Civil Veterinary Department Bihar reports 1936-40 - 1936-1940
Year: 1936
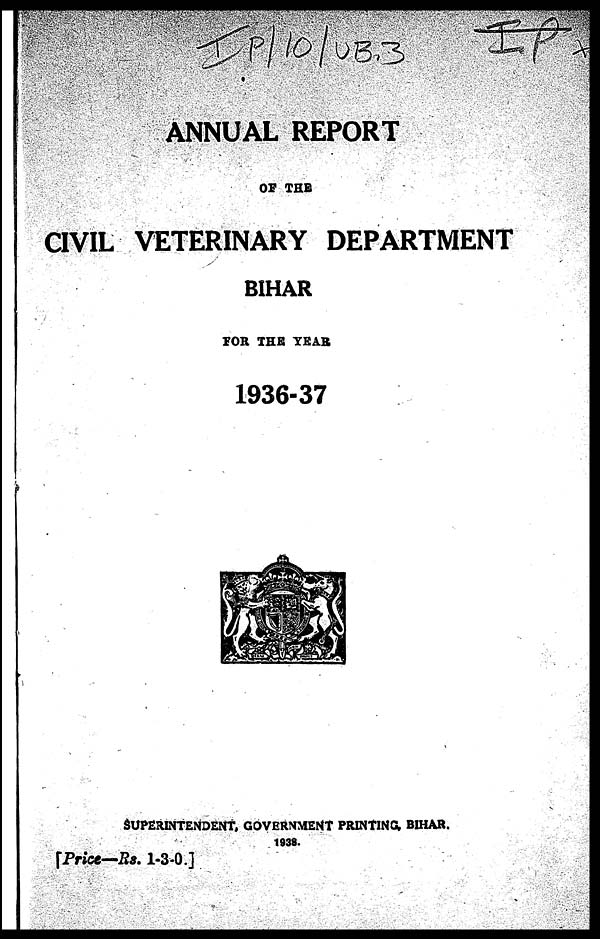
ANNUAL REPORT
OF THE
CIVIL VETERINARY DEPARTMENT
BIHAR
FOR THE YEAR
1936-37
SUPERINTENDENT, GOVERNMENT PRINTING, BIHAR.
1938.
[Price—Rs. 1-3-0.]